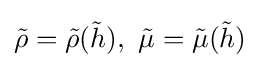
{\tilde {\rho }}={\tilde {\rho }}({\tilde {h}}),\ {\tilde {\mu }}={\tilde {\mu }}({\tilde {h}})